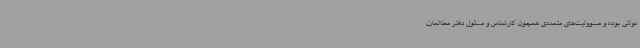
دولتی بوده و مسوولیت‌های متعددی همچون کارشناس و مسئول دفتر مطالعات